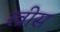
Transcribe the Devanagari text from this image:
ख्रीस